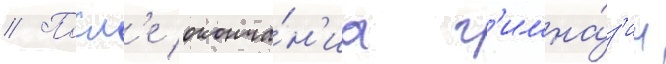
// Посл'е оконча́н'иа г'имна́з'ии